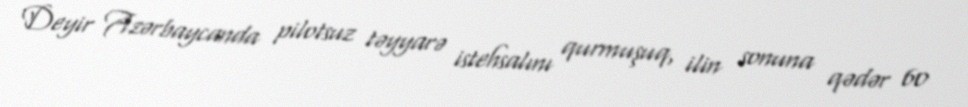
Deyir Azərbaycanda pilotsuz təyyarə istehsalını qurmuşuq, ilin sonuna qədər 60